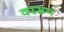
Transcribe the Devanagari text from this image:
वररूप